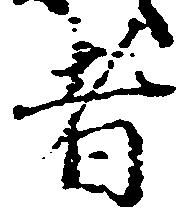
者